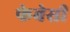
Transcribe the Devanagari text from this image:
फेबेसी